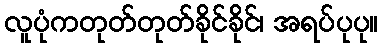
လူပုံကတုတ်တုတ်ခိုင်ခိုင်၊ အရပ်ပုပု။